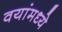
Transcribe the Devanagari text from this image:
वयांमध्ये